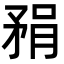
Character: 𪿇